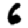
Digit: 6